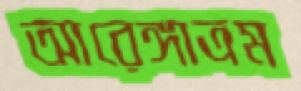
আরেঙ্গাত্রম